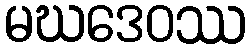
မဃဒေဝဿ